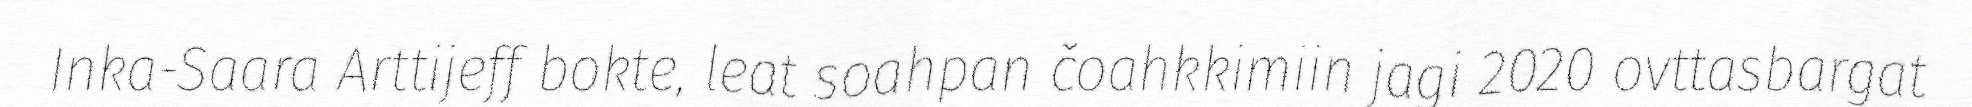
Inka-Saara Arttijeff bokte, leat soahpan čoahkkimiin jagi 2020 ovttasbargat